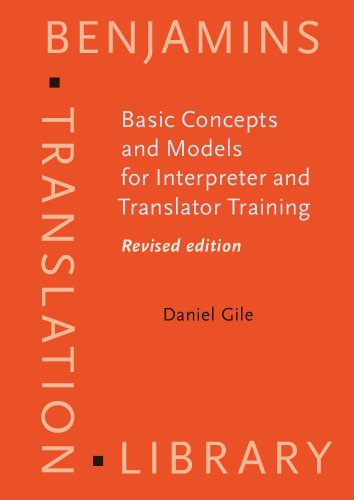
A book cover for Basic Concepts and Models for Interpreter and Translator Training (Benjamins Translation Library); Daniel Gile; Reference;